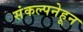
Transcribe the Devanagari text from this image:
संकल्पनेहून